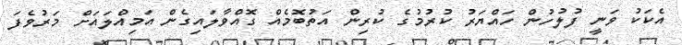
އެކަކު ވަނީ ފުލުހުން ހައްޔަރު ކުރުމުގެ ކުރިން އަތުބޮމެއް ގޮއްވާލައިގެން އަމިއްލައަށް މަރުވެފަ